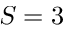
S = 3